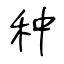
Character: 种